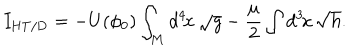
LaTeX: I _ { \mathrm { H T / D } } = - U ( \phi _ { 0 } ) \int _ { M } d ^ { 4 } \! x \, \sqrt { g } - \frac { \mu } { 2 } \int d ^ { 3 } \! x \, \sqrt { h } .